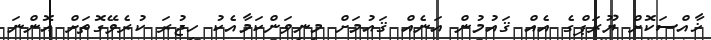
ޚާއްސަކޮށް ޔޫރަޕްގެ އެއް ޤައުމުން އަނެއް ޤައުމަށް މިނިވަންކަމާއެކު ހިޖުރަ ކުރެވޭގޮތަށް އޮންނަ